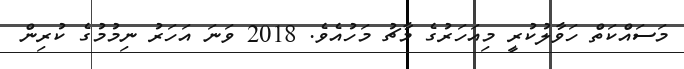
މަސައްކަތް ހަވާލުކުރީ މިއަހަރުގެ މާޗު މަހުއެވެ. 2018 ވަނަ އަހަރު ނިމުމުގެ ކުރިން